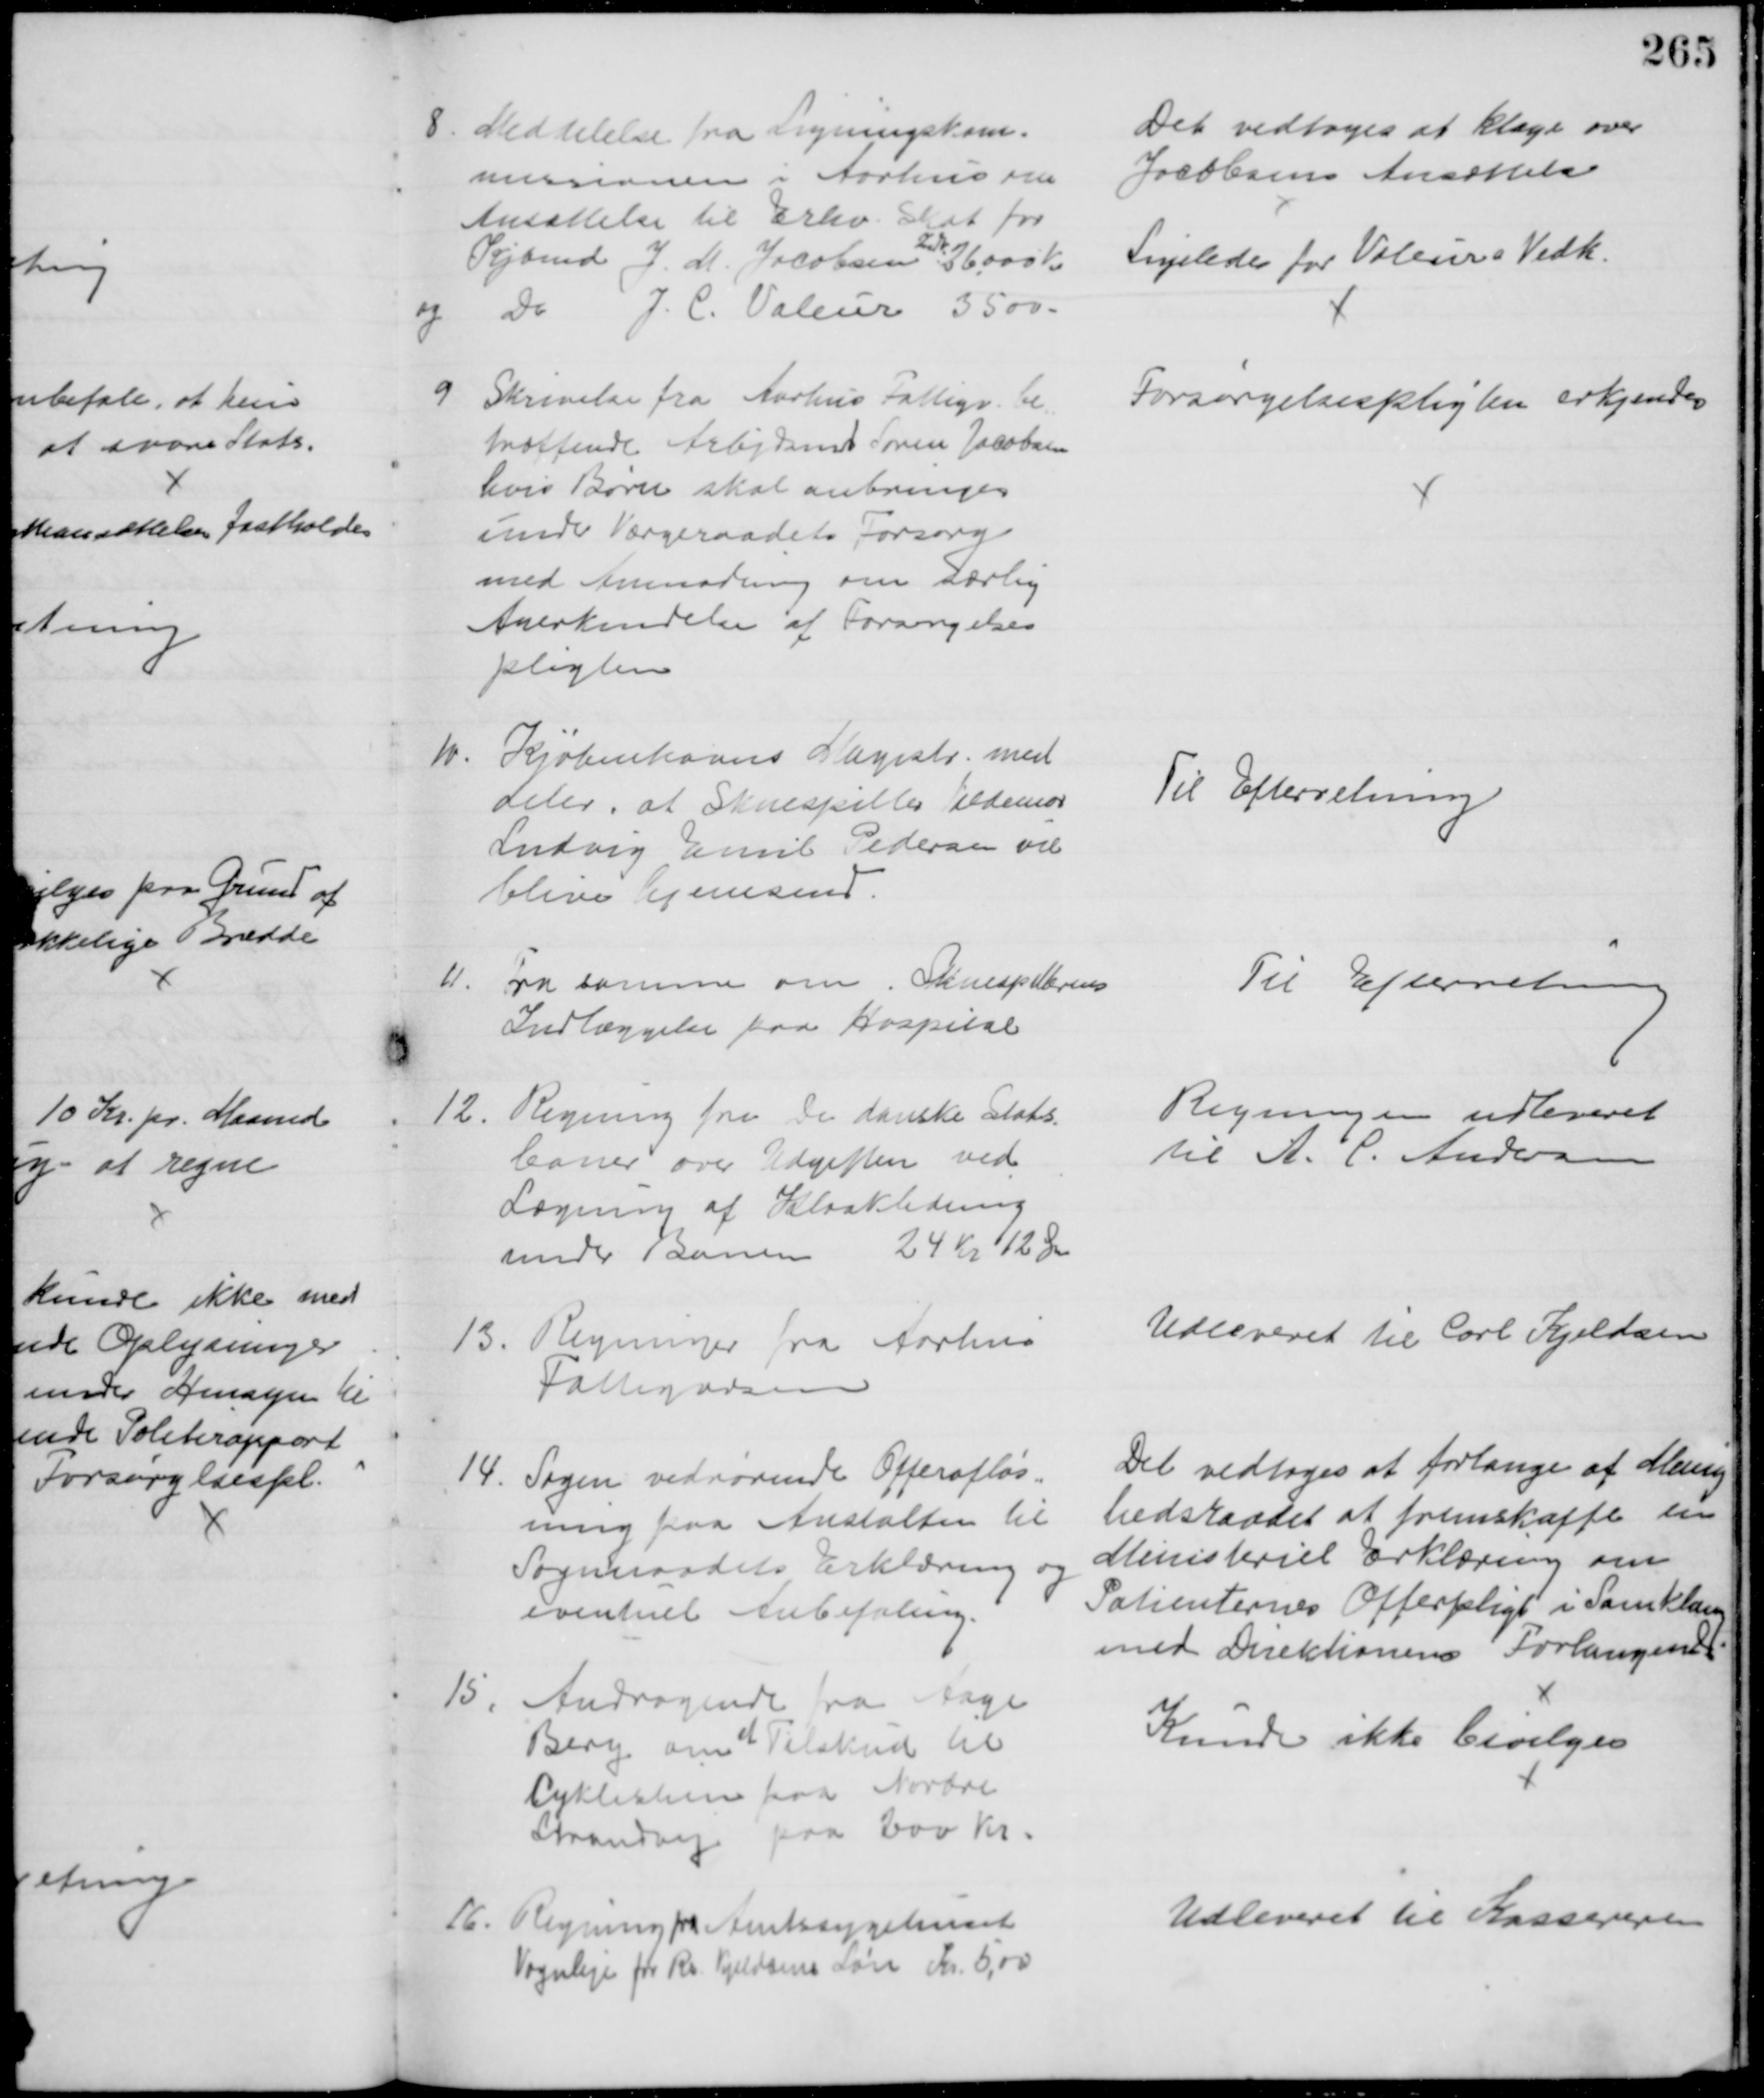
Transskription:
8. Meddelelse fra Ligningskom=
missionen i Aarhus om
Ansættelse til Erhv. Skat for
Kjbmd J. M. Jacobsen 
Indk.
26.000 Kr.
og
Do
J. C. Valeur 3500.
Det vedtoges at klage over 
Jacobsens Ansættelse
Ligeledes for Valeurs Vedk.
9
Skrivelse fra Aarhus Fattigv. be=
træffende Arbejdsmd Søren Jacobsen
hvis Børn skal anbringes 
under Værgeraadets Forsorg
med Anmodning om særlig
Anerkendelse af Forsørgelses
pligten
Forsørgelsespligten erkjendes
10.
Kjøbenhavns Magistr. med
deler, at Skuespiller Valdemar
Ludvig Emil Pedersen vil
blive hjemsend.
Til Efterretning
11.
Fra samme om Skuespillerens
Indlæggelse paa Hospital
Til Efterretning
12
Regning fra De danske Stats-
baner over Udgiften ved 
Lægning af Kloakledning
under Banen 24 Kr 12 Øre
Regningen udleveret
til A. C. Andersen
13.
Regninger fra Aarhus
Fattigvæsen
Udleveret til Carl Kjeldsen
14.
Sagen vedrørende Offerafløs=
ning paa Anstalten til
Sogneraadets Erklæring og 
eventuel Anbefaling.
Det vedtoges at forlange af Menig
hedsraadet at fremskaffe en 
Ministeriel Erklæring om
Patienternes Offerpligt i Samklang
med Direktionens Forlangende 
15
Andragende fra Aage
Berg om Tilskud til
Cyklestien paa Nordre
Strandvej paa 200 Kr.
Kunde ikke bevilges
16. Regning fra Amtssygehuset
Vognleje for Rs. Kjeldsens Løn Kr. 5,00
Udleveret til Kassereren